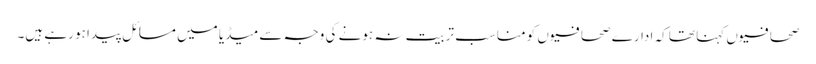
صحافیوں کہنا تھا کہ ادارے صحافیوں کو مناسب تربیت نہ ہونے کی وجہ سے میڈیا میں مسائل پیدا ہو رہے ہیں۔